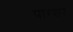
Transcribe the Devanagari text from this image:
पारशर